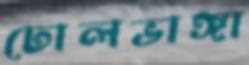
ঢোলভাঙ্গা